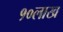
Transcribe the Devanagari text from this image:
१०लाख